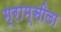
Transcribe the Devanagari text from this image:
ग्राम्सीला